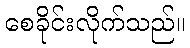
စေခိုင်းလိုက်သည်။